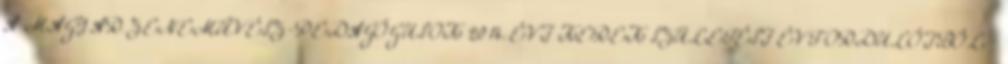
A MAGYAR ZENEMŰVÉSZ-PEDAGÓGUSOK 2014. ÉVI KEREK SZÜLETÉSI ÉVFORDULÓIBÓL -